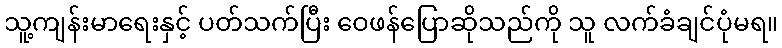
သူ့ကျန်းမာရေးနှင့် ပတ်သက်ပြီး ဝေဖန်ပြောဆိုသည်ကို သူ လက်ခံချင်ပုံမရ။